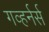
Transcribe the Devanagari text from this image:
गव्हर्नर्स